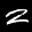
Label: 2